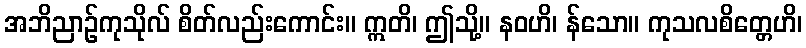
အဘိညာဉ်ကုသိုလ် စိတ်လည်းကောင်း။ ဣတိ၊ ဤသို့။ နဝဟိ၊ န်သော။ ကုသလစိတ္တေဟိ၊